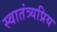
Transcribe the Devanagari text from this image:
स्वातंत्र्यप्रिय